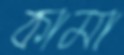
কামা